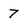
Character: 7